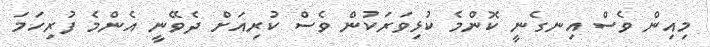
މިއިން ވެސް އިނގެނީ ކޮންމެ ކުޅިވަރަކުން ވެސް ކުރިއަށް ދެވޭނީ އެންމެ ފުރިހަމަ